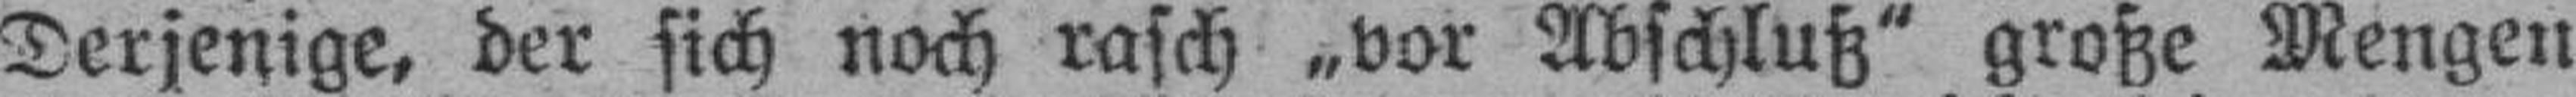
Derjenige, der sich noch rasch „vor Abschluß" große Mengen